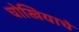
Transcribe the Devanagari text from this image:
चोखियाचे